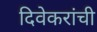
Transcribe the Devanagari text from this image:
दिवेकरांची